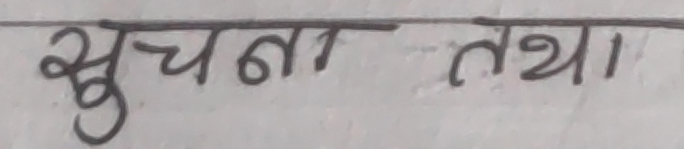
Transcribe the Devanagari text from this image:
सुचना तथा